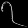
Digit: ၇